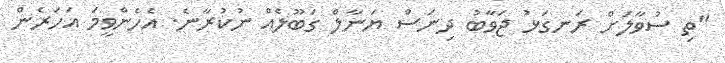
"ތި ސުވާލަށް ރަނގަޅު ޖަވާބު ދިނަސް ޔަނާލް ގަބޫލެއް ނުކުރާނެ. އެހެންވީމަ އަހަރެން